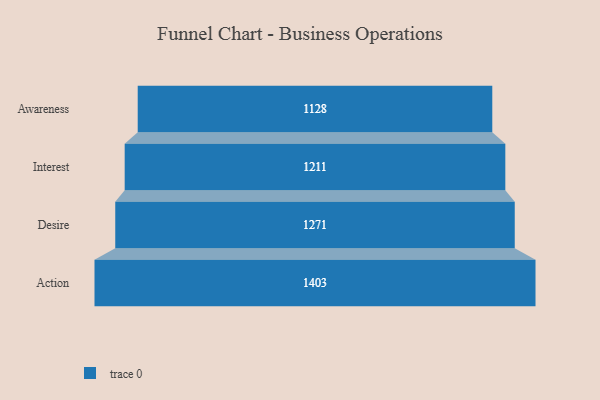
{"axis": {"x": "Stage", "y": "Value"}, "legend": [""], "data": [{"x": "Awareness", "y": 1128.0, "type": ""}, {"x": "Interest", "y": 1211.0, "type": ""}, {"x": "Desire", "y": 1271.0, "type": ""}, {"x": "Action", "y": 1403.0, "type": ""}]}